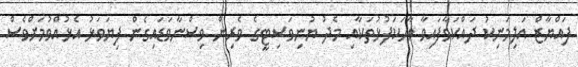
ފައްޔާޒް އަލިމަނިކު ދައްކަވާފައިވާ ވާހަކަފުޅުތަކާއި މެދު ޔުނިވަސިޓީގެ ވެރިން ވިސްނާވަޑައިގެން ފިޔަވަޅު އެޅުއްވުމަށްވެސް